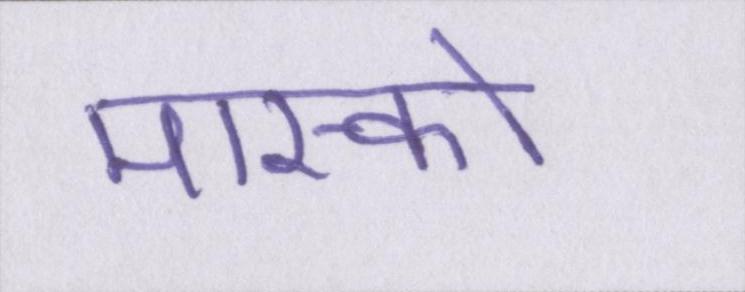
मास्को